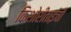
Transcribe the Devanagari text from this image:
किशोरीताईंची